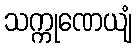
သက္ကုဏေယျံ